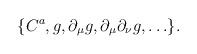
LaTeX: \begin{align*}\{C^a,g,\partial_{\mu}g,\partial_{\mu}\partial_{\nu}g,\ldots\}.\end{align*}